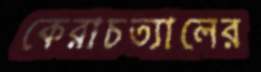
কেরাচত্যালের